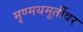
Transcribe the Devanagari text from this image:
मृण्मयमूर्तीवर